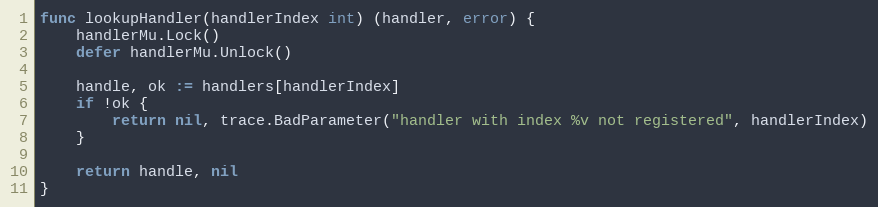
Language: Go
func lookupHandler(handlerIndex int) (handler, error) {
	handlerMu.Lock()
	defer handlerMu.Unlock()

	handle, ok := handlers[handlerIndex]
	if !ok {
		return nil, trace.BadParameter("handler with index %v not registered", handlerIndex)
	}

	return handle, nil
}